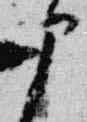
部